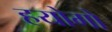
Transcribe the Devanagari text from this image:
हयोगो